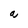
Character: a